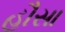
હૌસા